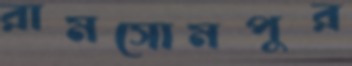
রামসোমপুর